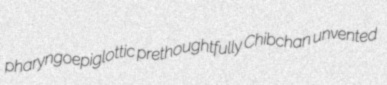
pharyngoepiglottic prethoughtfully Chibchan unvented